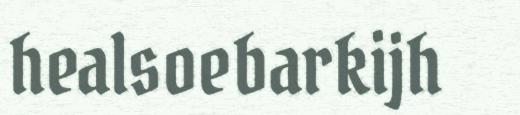
healsoebarkijh